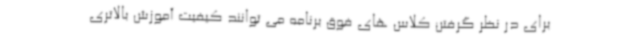
برای در نظر گرفتن کلاس های فوق برنامه می توانند کیفیت آموزش بالاتری